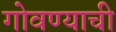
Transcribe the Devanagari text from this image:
गोवण्याची